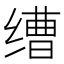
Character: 𬘿